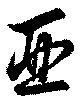
亜